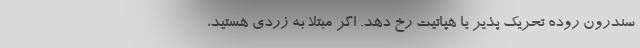
سندرون روده تحریک پذیر یا هپاتیت رخ دهد. اگر مبتلا به زردی هستید،